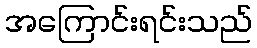
အကြောင်းရင်းသည်